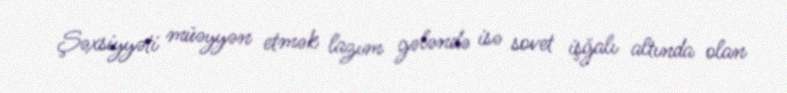
Şəxsiyyəti müəyyən etmək lazım gələndə isə sovet işğalı altında olan